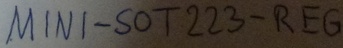
Text: MINI-SOT223-REG